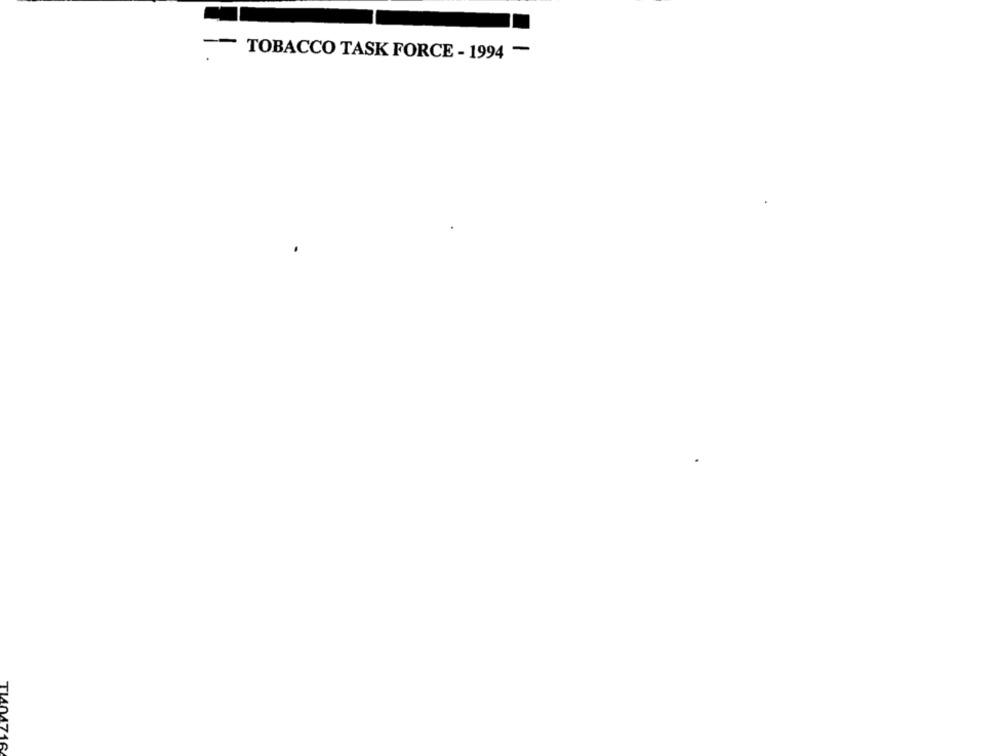
TOBACCO TASK FORCE - 1994 -